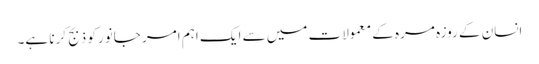
انسان کے روزہ مرہ کے معمولات میں سے ایک اہم امر جانور کو ذبج کرنا ہے۔